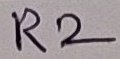
Text: R2